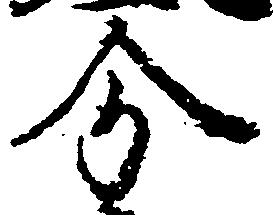
分